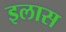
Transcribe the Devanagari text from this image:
इलास